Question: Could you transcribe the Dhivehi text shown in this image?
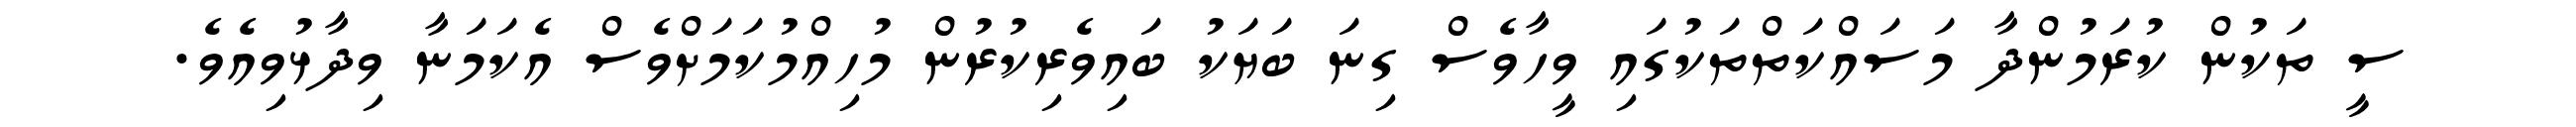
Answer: ސީ ތަކުން ކުރަމުންދާ މަސައްކަތްތަކުގައި ވީހާވެސް ގިނަ ބަޔަކު ބައިވެރިކުރުން މުހިއްމުކަމަށްވެސް އެކަމަނާ ވިދާޅުވިއެވެ.